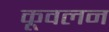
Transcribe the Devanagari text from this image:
कूवलन